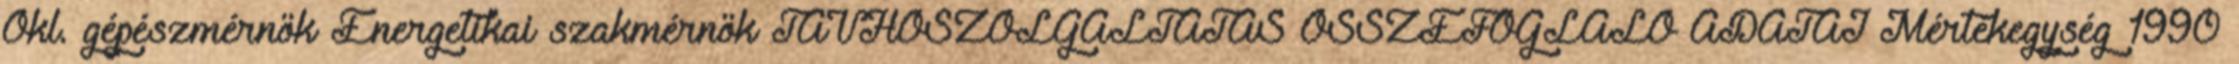
Okl. gépészmérnök Energetikai szakmérnök TÁVHŐSZOLGÁLTATÁS ÖSSZEFOGLALÓ ADATAI Mértékegység 1990